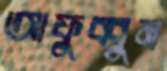
আফুব্বুন